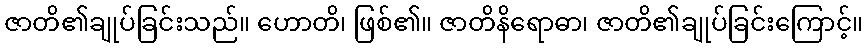
ဇာတိ၏ချုပ်ခြင်းသည်။ ဟောတိ၊ ဖြစ်၏။ ဇာတိနိရောဓာ၊ ဇာတိ၏ချုပ်ခြင်းကြောင့်။